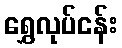
ရွှေလုပ်ငန်း